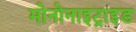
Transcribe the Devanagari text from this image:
मोनोनाइट्राइड